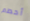
أحطم